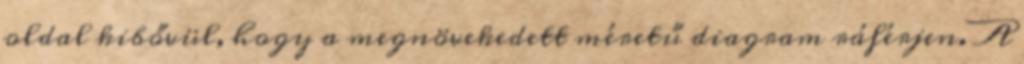
oldal kibővül, hogy a megnövekedett méretű diagram ráférjen. A